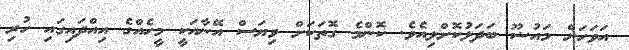
އަވަހަށް މައުޟޫ ބަދަލުކޮށްލިއެވެ. ކޮންމެ ގޮތަކަށް ވިޔަސް އޭނާއަކީ މީހެއްގެ އިއްދައިގައި ހުރި